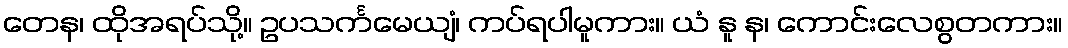
တေန၊ ထိုအရပ်သို့။ ဥပသင်္ကမေယျံ၊ ကပ်ရပါမူကား။ ယံ နူ န၊ ကောင်းလေစွတကား။